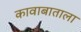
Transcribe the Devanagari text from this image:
कावाबाताला